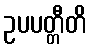
ဥပပတ္တီတိ